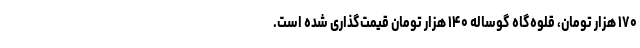
۱۷۰ هزار تومان، قلوه‌گاه گوساله ۱۴۰ هزار تومان قیمت‌گذاری شده است.